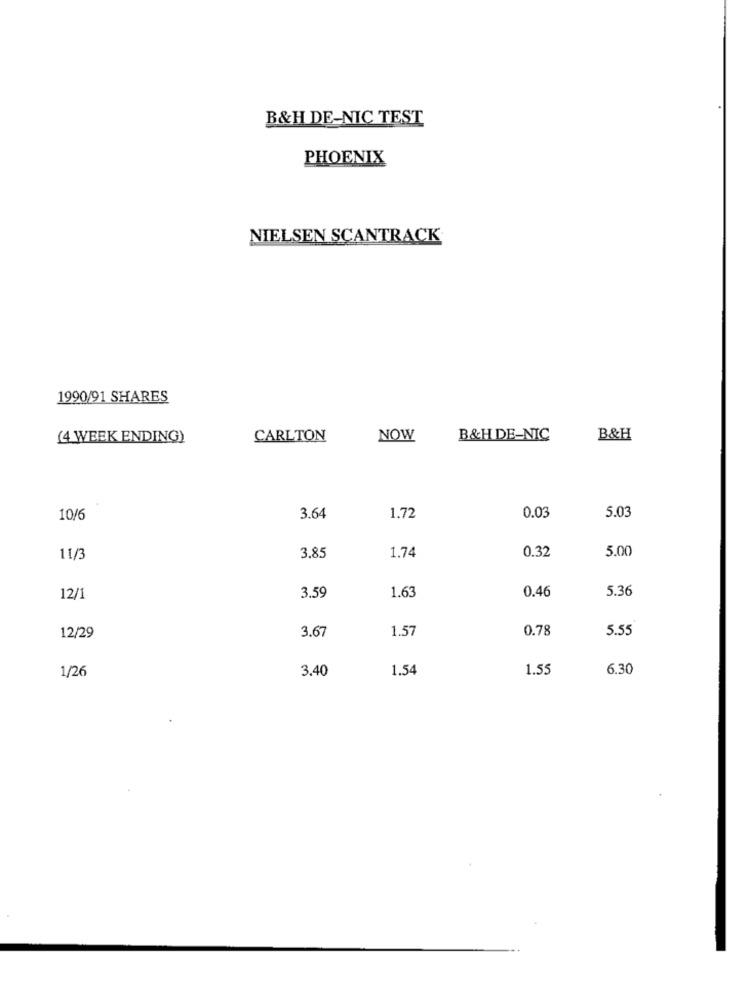
B&H DE-NIC TEST
PHOENIX
NIELSEN SCANTRACK
1990/91 SHARES
(4 WEEK ENDING)
CARLTON
NOW
B&H DE-NIC
B&H
0.03
10/6
3.64
1.72
5.03
3.85
1.74
0.32
5.00
11/3
3.59
1.63
0.46
5.36
12/1
3.67
1.57
0.78
5.55
12/29
1/26
3.40
1.54
1.55
6.30